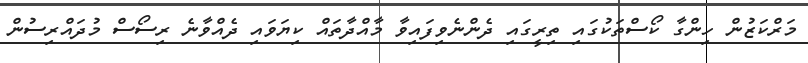
މަރްކަޒުން ހިންގާ ކޯސްތަކުގައި ތިރީގައި ދެންނެވިފައިވާ މާއްދާތައް ކިޔަވައި ދެއްވާނެ ރިސޯސް މުދައްރިސުން